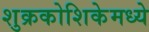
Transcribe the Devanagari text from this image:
शुक्रकोशिकेमध्ये